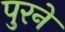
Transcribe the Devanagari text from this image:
पुरने